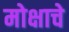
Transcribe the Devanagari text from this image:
मोक्षाचे